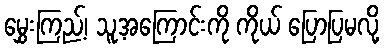
မွှေးကြည့်၊ သူ့အကြောင်းကို ကိုယ် ပြောပြမလို့